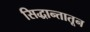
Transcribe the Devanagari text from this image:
सिद्धान्तातून